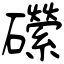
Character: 礯